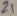
Text: Z1